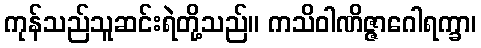
ကုန်သည်သူဆင်းရဲတို့သည်။ ကသိဝါဏိဇ္ဇာဂေါရက္ခာ၊